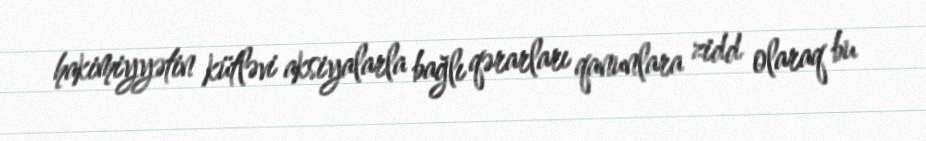
hakimiyyətin kütləvi aksiyalarla bağlı qərarları qanunlara zidd olaraq bu